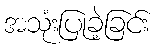
အသုံးပြုခဲ့ခြင်း